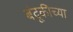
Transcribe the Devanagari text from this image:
बंदूकीच्या